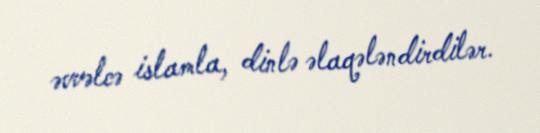
əvvəlcə islamla, dinlə əlaqələndirdilər.